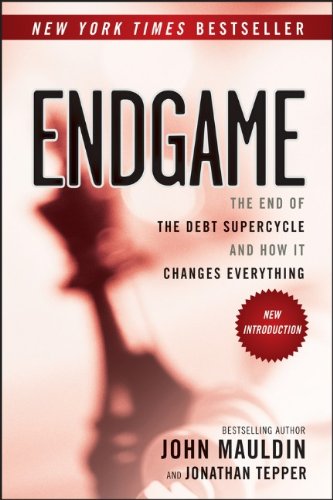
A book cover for Endgame: The End of the Debt SuperCycle and How It Changes Everything; John Mauldin; Business & Money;